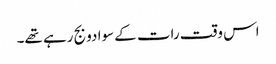
اس وقت رات کے سوا دو بج رہے تھے۔